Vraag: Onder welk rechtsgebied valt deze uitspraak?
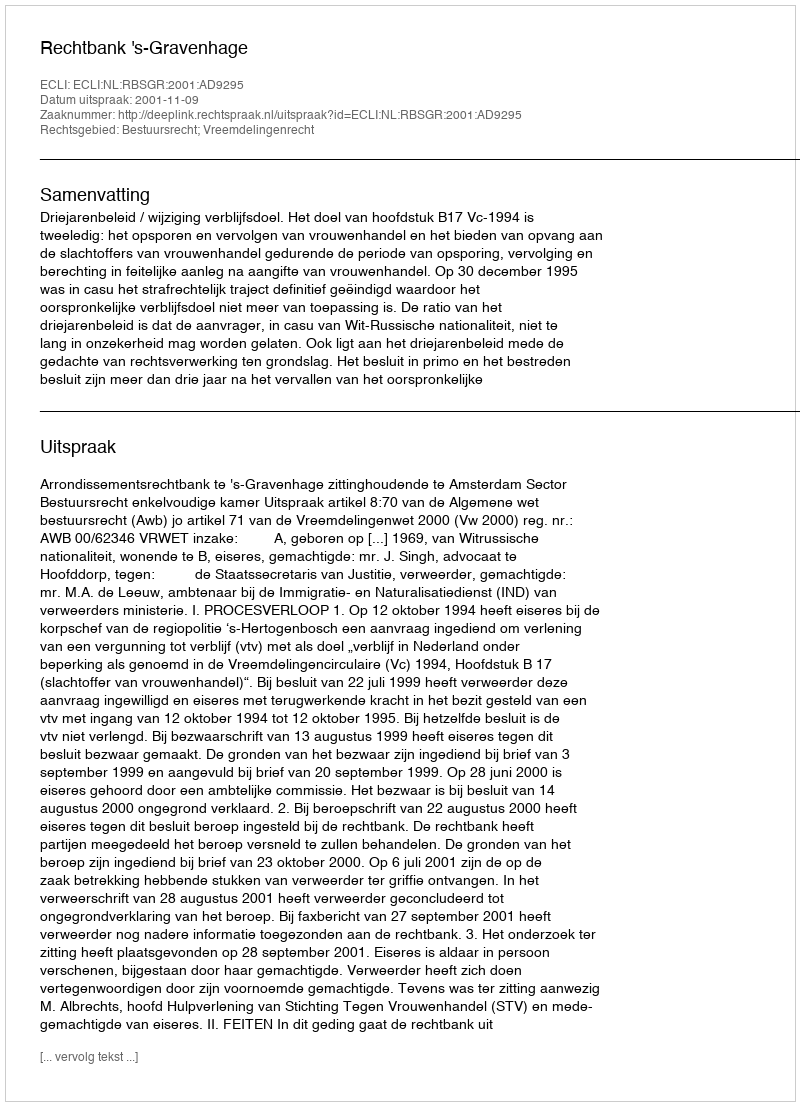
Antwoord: Bestuursrecht; Vreemdelingenrecht